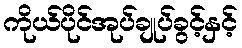
ကိုယ်ပိုင်အုပ်ချုပ်ခွင့်နှင့်